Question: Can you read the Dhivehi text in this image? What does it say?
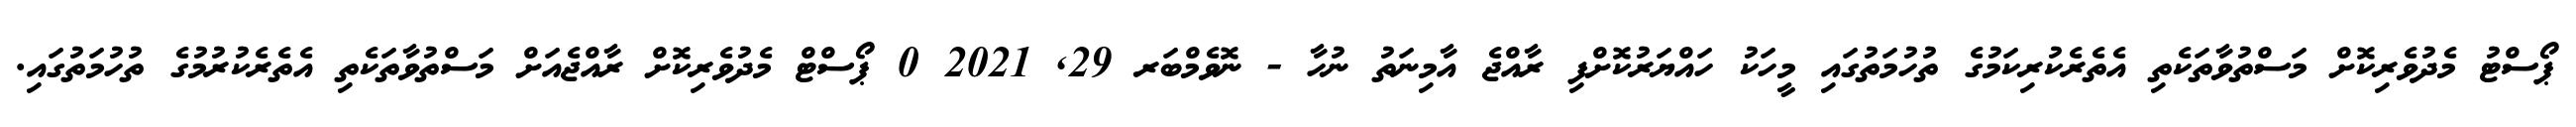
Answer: ޕޯސްޓު މެދުވެރިކޮށް މަސްތުވާތަކެތި އެތެރެކުރިކަމުގެ ތުހުމަތުގައި މީހަކު ހައްޔަރުކޮށްފި ރާއްޖެ އާމިނަތު ނުހާ - ނޮވެމްބަރ 29, 2021 0 ޕޯސްޓް މެދުވެރިކޮށް ރާއްޖެއަށް މަސްތުވާތަކެތި އެތެރެކުރުމުގެ ތުހުމަތުގައި.